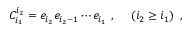
C _ { i _ { 1 } } ^ { i _ { 2 } } = e _ { i _ { 2 } } e _ { i _ { 2 } - 1 } \cdots e _ { i _ { 1 } } ~ , ~ ~ ~ ~ \left( i _ { 2 } \geq i _ { 1 } \right) ~ ,